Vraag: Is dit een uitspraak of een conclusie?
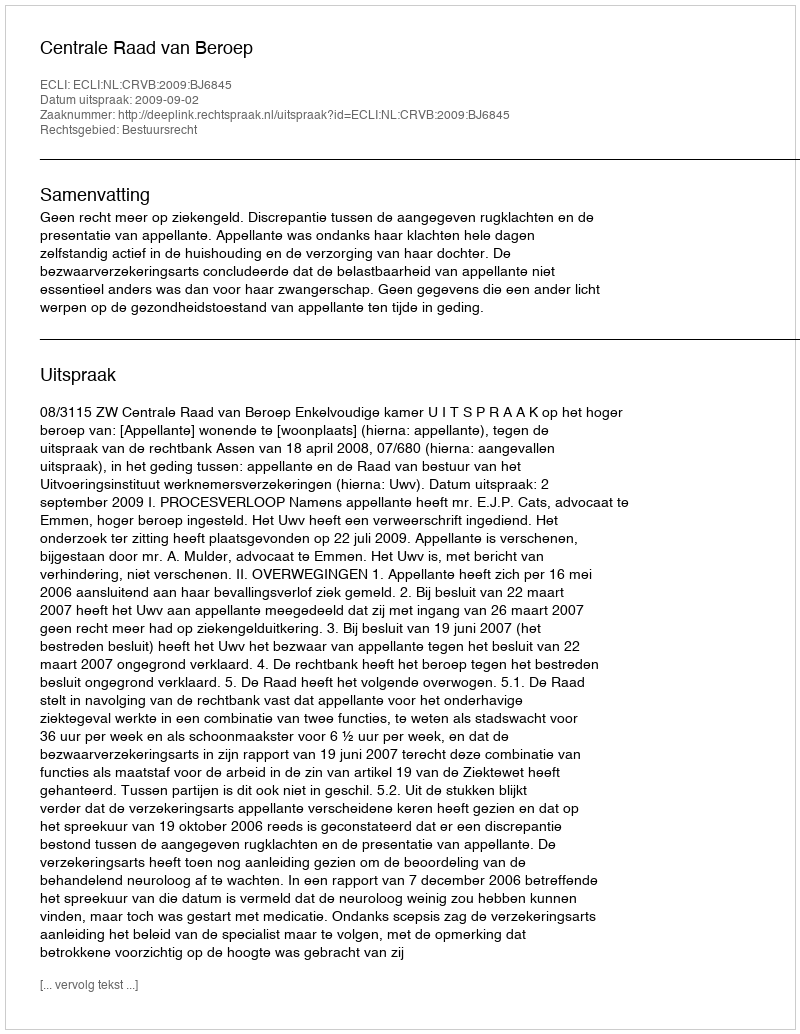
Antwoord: Uitspraak